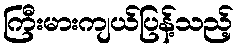
ကြီးမားကျယ်ပြန့်သည့်